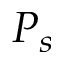
P _ { s }